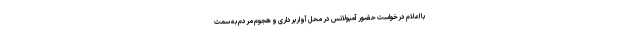
با اعلام درخواست حضور آمبولانس در محل آواربرداری و هجوم مردم به سمت